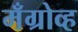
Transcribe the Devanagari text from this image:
मँग्रोव्ह